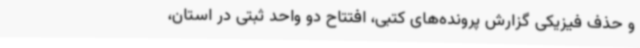
و حذف فیزیکی گزارش پرونده‌های کتبی، افتتاح دو واحد ثبتی در استان،